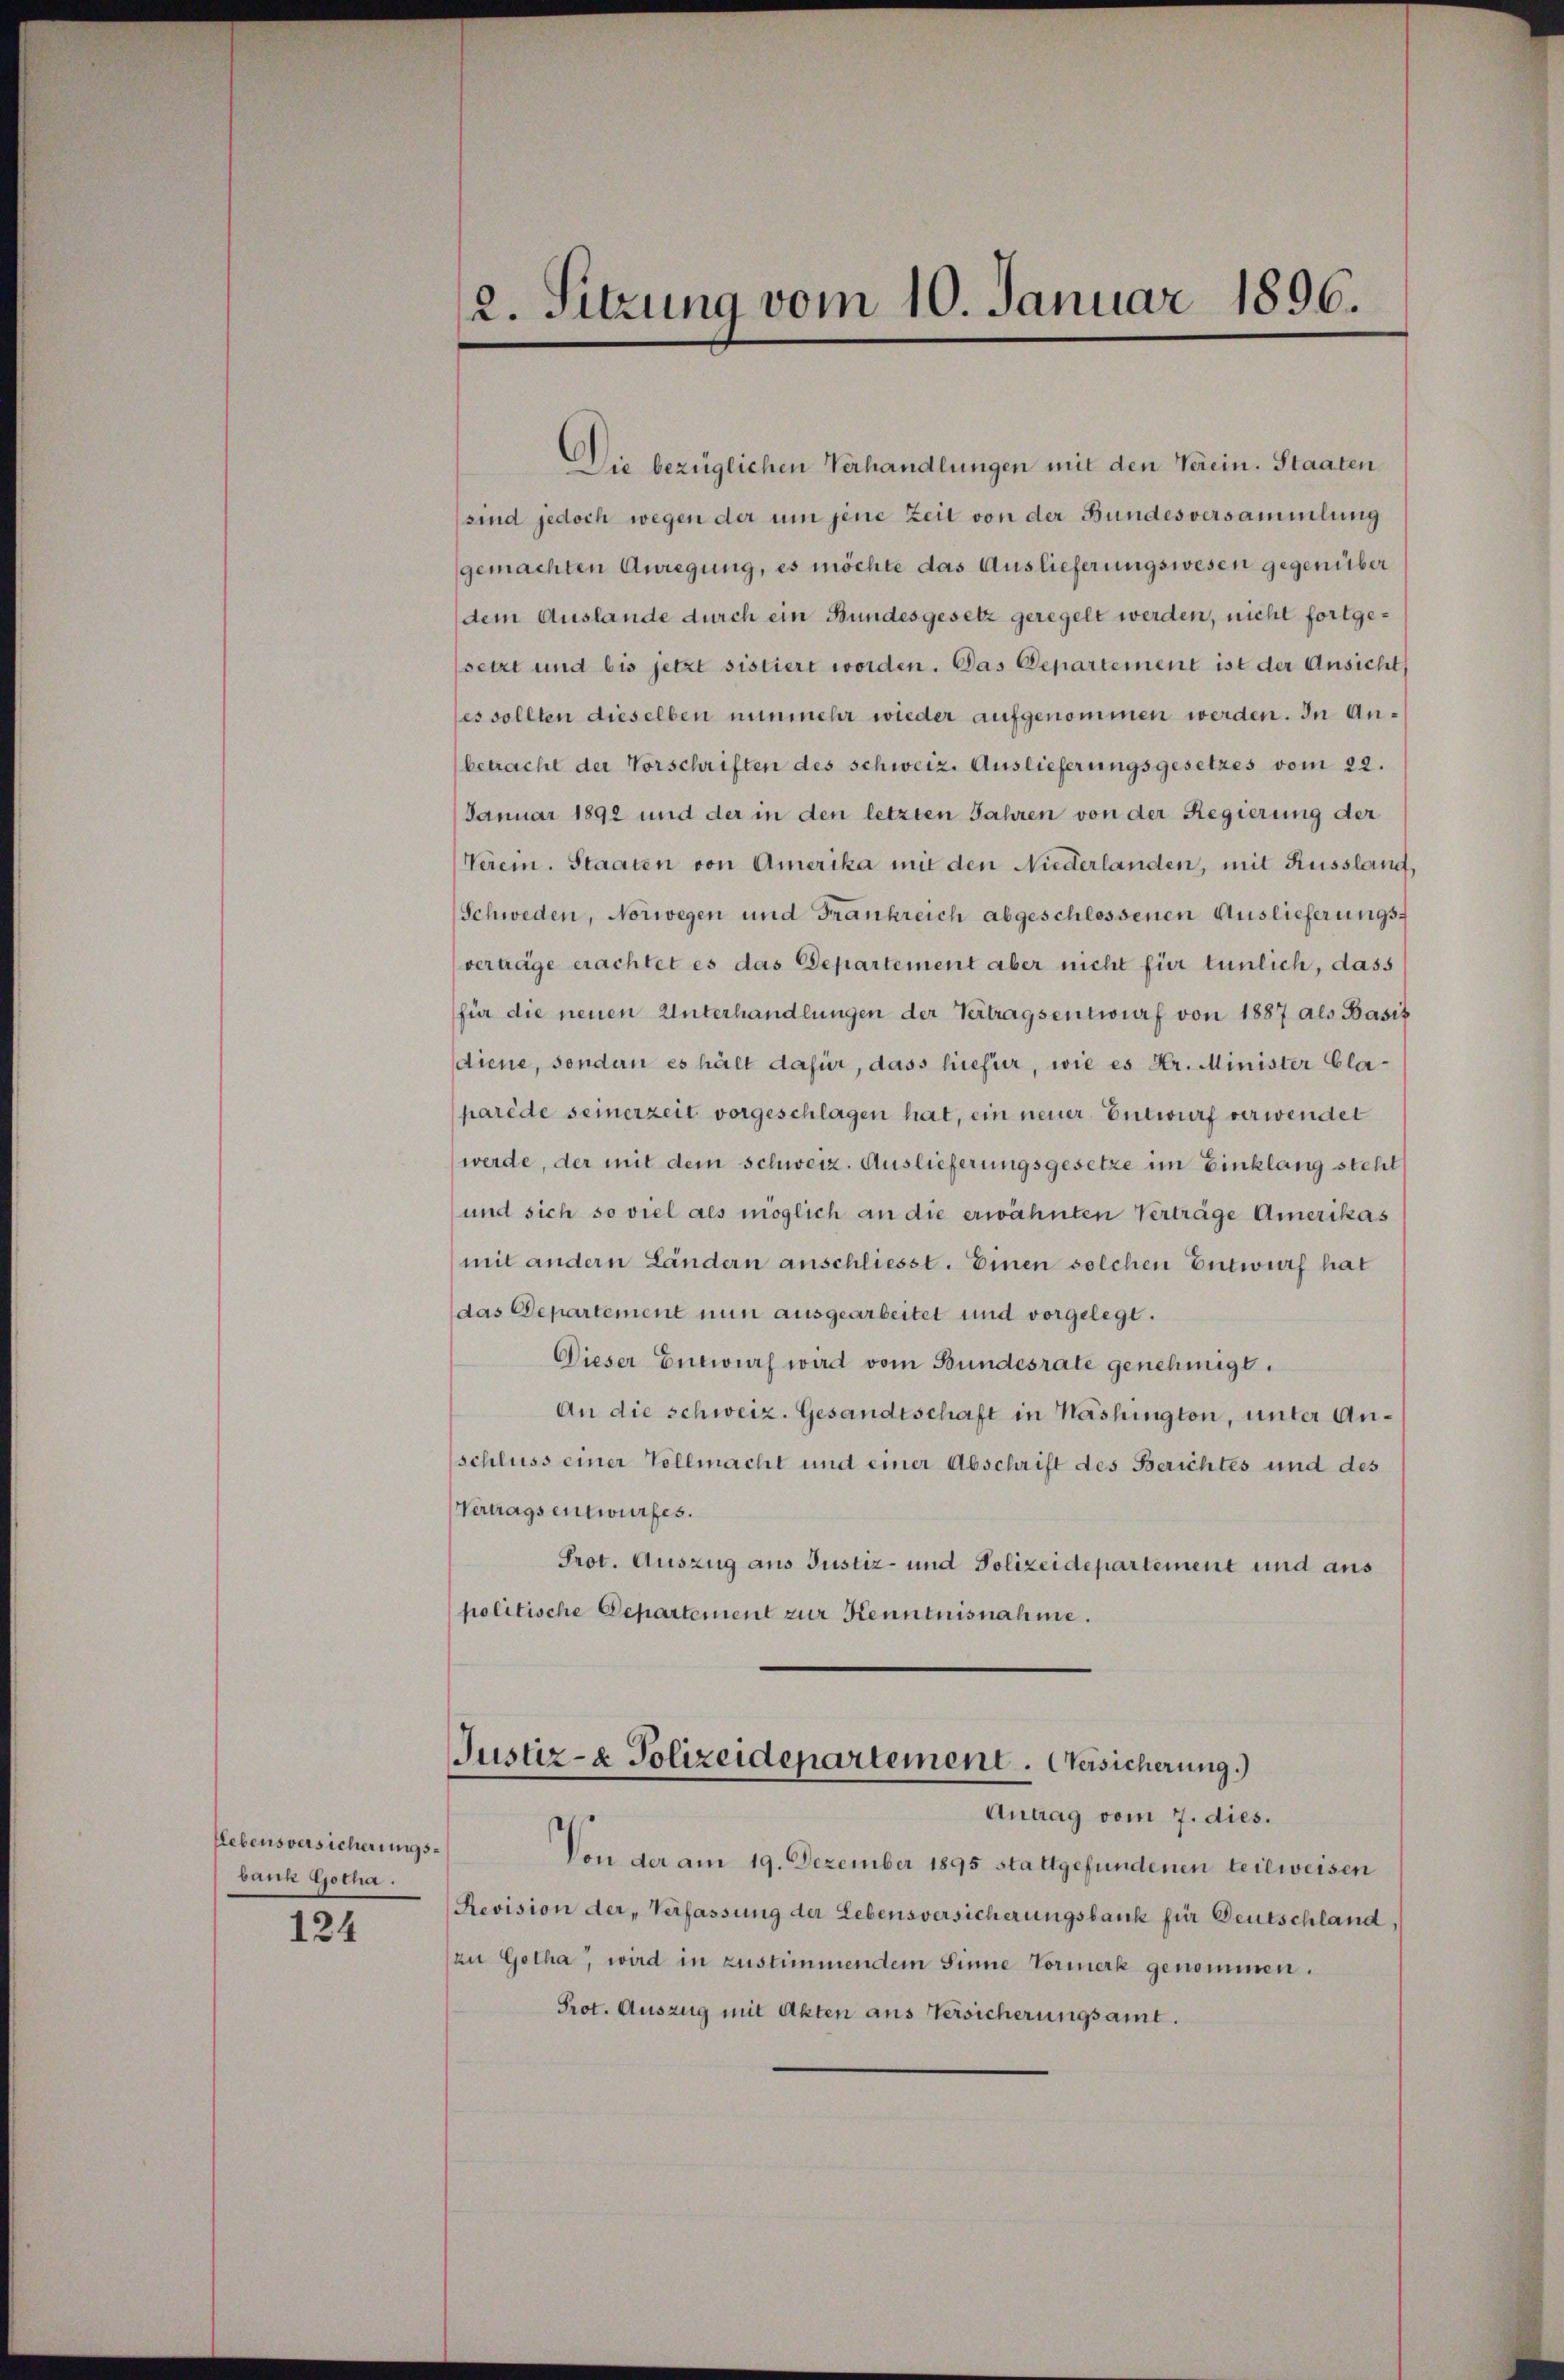
Lebensversicherungsbank Gotha.

124

2. Sitzung vom 10. Januar 1896.

Die bezüglichen Verhandlungen mit den Verein. Staaten
sind jedoch wegen der um jene Zeit von der Bundesversammlung
gemachten Anregung, es möchte das Auslieferungswesen gegenüber
dem Auslande durch ein Bundesgesetz geregelt werden, nicht fortgesetzt und bis jetzt sistiert worden. Das Departement ist der Ansicht
es sollten dieselben nunmehr wieder aufgenommen werden. In Anbetracht der Vorschriften des schweiz. Auslieferungsgesetzes vom 22.
Januar 1892 und der in den letzten Jahren von der Regierung der
Verein. Staaten von Amerika mit den Niederlanden, mit Russlang,
Schweden, Norwegen und Frankreich abgeschlossenen Auslieferungsvertage erachtet es das Departement aber nicht für tunlich, dass
für die neuen Unterhandlungen der Vertragsentwurf von 1887 als Basis
diene, sondern es hält dafür, dass hiefür, wie es Hr. Minister Claparede seinerzeit vorgeschlagen hat, ein neuer Entwurf verwendet
werde, der mit dem schweiz. Auslieferungsgesetze im Einklang steht
und sich so viel als möglich an die erwähnten Verträge Amerikas
mit andern Ländern anschliesst. Einen solchen Entwurf hat
das Departement nun ausgearbeitet und vorgelegt.
Dieser Entwurf wird vom Bundesrate genehmigt.
An die schweiz. Gesandtschaft in Käshington, unter Anschluss einer Vollmacht und einer Abschrift des Berichtes und des
Vertrags entwurfes.
Prot. Auszug aus Justiz- und Polizeidepartement und aus
politische Departement zur Kenntnisnahme.
Justiz- & Polizeidepartement. Gesicherung.)
Antrag vom 7. dies.
Von der am 19. Dezember 1895 stattgefundenen teilweisen
Revision der „Verfassung der Lebensversicherungsbank für Deutschland,
zu Gotha, wird in Zustimmendem Sinne Vormerk genommen.
Prot. Auszug mit Akten aus Versicherungsamt.